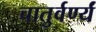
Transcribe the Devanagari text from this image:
चातुर्वर्ण्यं